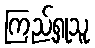
ကြည့်ရှုသူ